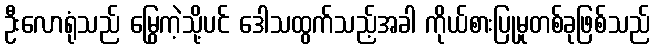
ဦးလောရုံသည် မြွေကဲ့သို့ပင် ဒေါသထွက်သည့်အခါ ကိုယ်စားပြုမှုတစ်ခုဖြစ်သည်